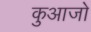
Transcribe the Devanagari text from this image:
कुआजो